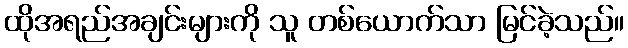
ထိုအရည်အချင်းများကို သူ တစ်ယောက်သာ မြင်ခဲ့သည်။